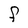
Character: F